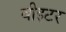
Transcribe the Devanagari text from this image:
बीइटर